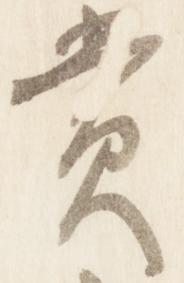
賞